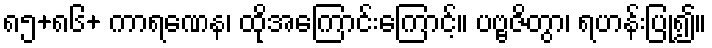
၈၅+၈၆+ ကာရဏေန၊ ထိုအကြောင်းကြောင့်။ ပဗ္ဗဇိတွာ၊ ရဟန်းပြု၍။